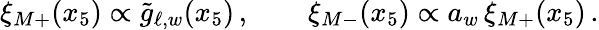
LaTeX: \xi_{M+}(x_{5})\propto\tilde{g}_{\ell,w}(x_{5})\, ,\quad\quad\xi_{M-}(x_{5})\propto a_{w}\, \xi_{M+}(x_{5})\, .